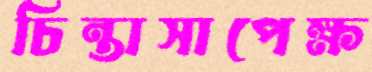
চিন্তাসাপেক্ষ